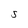
Character: 5